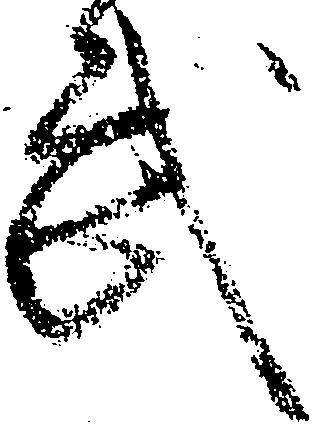
武